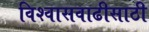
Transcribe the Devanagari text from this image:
विश्‍वासवाढीसाठी